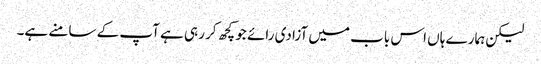
لیکن ہمارے ہاں اس باب میں آزادی رائے جو کچھ کر رہی ہے آپ کے سامنے ہے۔